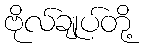
ဗိုလ်ချုပ်တို့